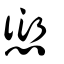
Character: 𠍴